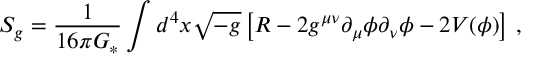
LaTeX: S _ { g } = \frac { 1 } { 1 6 \pi G _ { \ast } } \int d ^ { 4 } x \sqrt { - { g } } \left[ { R } - 2 { g } ^ { \mu \nu } \partial _ { \mu } \phi \partial _ { \nu } \phi - 2 { V } ( \phi ) \right] \, ,